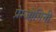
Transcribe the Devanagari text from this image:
प्रेम्जोगिनी